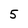
Character: 5